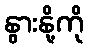
နွားနို့ကို